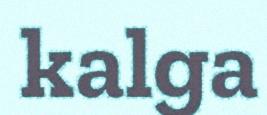
kalga